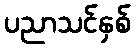
ပညာသင်နှစ်